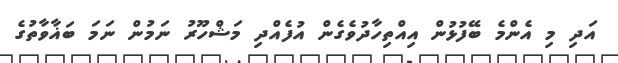
އަދި މި އެންމެ ބޭފުޅުން އިއްތިހާދުވެގެން އުފެއްދި މަޝްހޫރު ނަމުން ނަމަ ބަޣާވާތުގެ